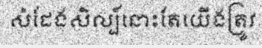
សំដែងសិល្ប៍នោះតែយើងត្រូវ